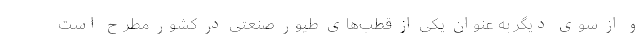
و از سوی دیگر به عنوان یکی از قطب‌های طیور صنعتی در کشور مطرح است